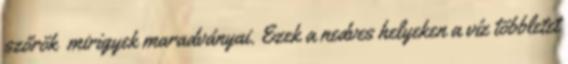
szőrök mirigyek maradványai. Ezek a nedves helyeken a víz többletet